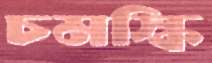
চমস্কি